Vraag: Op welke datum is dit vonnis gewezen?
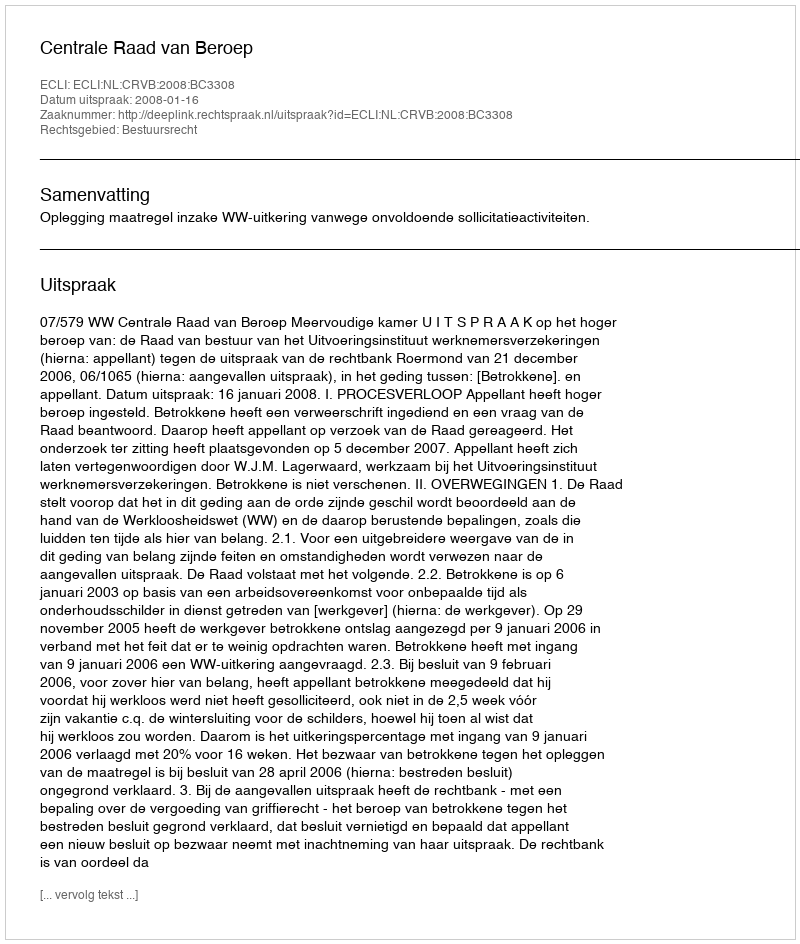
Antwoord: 2008-01-16